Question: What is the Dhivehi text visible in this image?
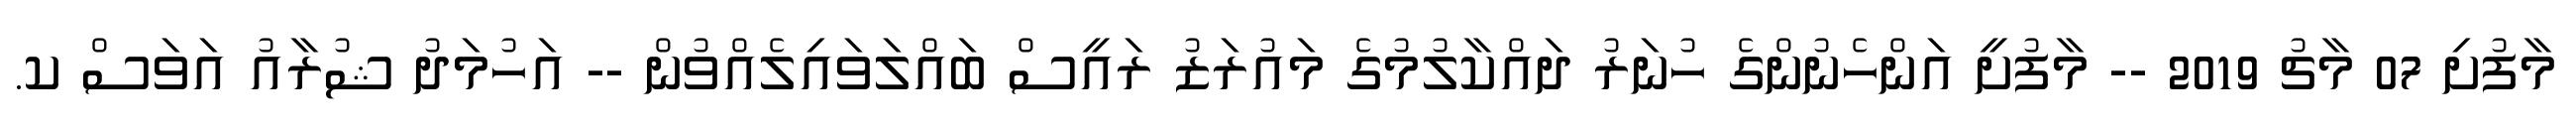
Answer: މާފުށި 07 މާޗު 2019 -- މާފުށީ އަންހެނުންގެ ހުނަރު ދައްކާލުމުގެ މައުރަޒު ރައީސް ބައްލަވައިލެއްވުން -- އަހުމަދު ޝުރާއު އަވަސް ކ.